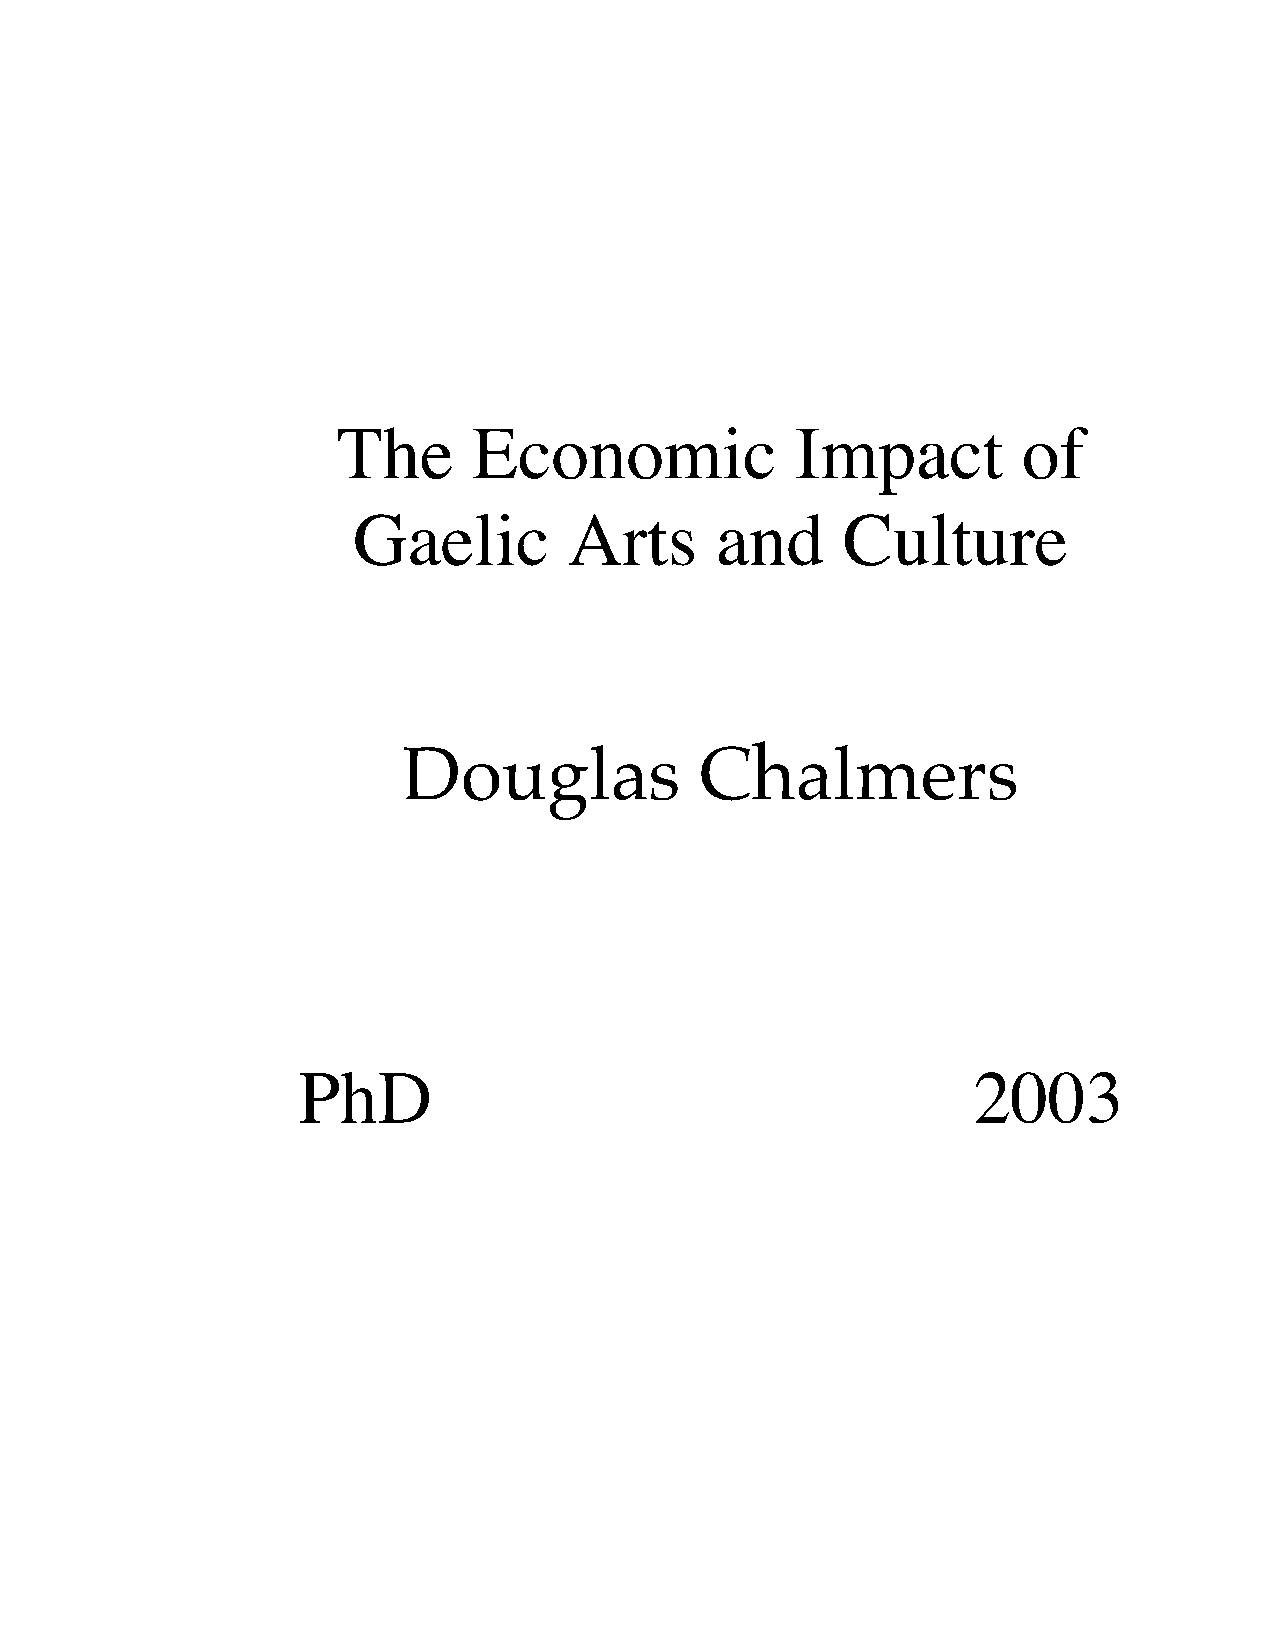
The      Economic              Impact         of
 Gaelic         Arts     and      Culture
 Douglas            Chalmers
 PhD                                         2003